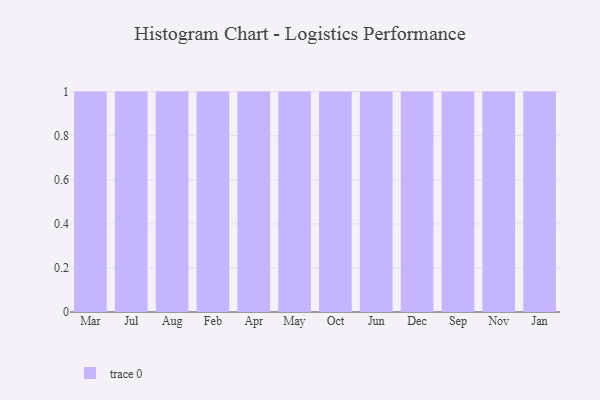
{"axis": {"x": "Month", "y": "Inventory Turnover"}, "legend": [""], "data": [{"x": "Mar", "y": 17, "type": ""}, {"x": "Jul", "y": 60, "type": ""}, {"x": "Aug", "y": 41, "type": ""}, {"x": "Feb", "y": 70, "type": ""}, {"x": "Apr", "y": 57, "type": ""}, {"x": "May", "y": 72, "type": ""}, {"x": "Oct", "y": 41, "type": ""}, {"x": "Jun", "y": 40, "type": ""}, {"x": "Dec", "y": 8, "type": ""}, {"x": "Sep", "y": 96, "type": ""}, {"x": "Nov", "y": 5, "type": ""}, {"x": "Jan", "y": 41, "type": ""}]}